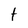
Character: f